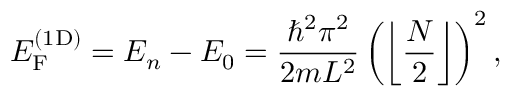
E _ { \mathrm { F } } ^ { ( { \mathrm { 1 D } } ) } = E _ { n } - E _ { 0 } = { \frac { \hbar ^ { 2 } \pi ^ { 2 } } { 2 m L ^ { 2 } } } \left( \left\lfloor { \frac { N } { 2 } } \right\rfloor \right) ^ { 2 } ,